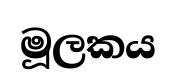
මූලකය